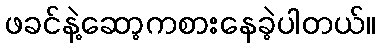
ဖခင်နဲ့ဆော့ကစားနေခဲ့ပါတယ်။